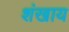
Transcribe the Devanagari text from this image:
शंखाय